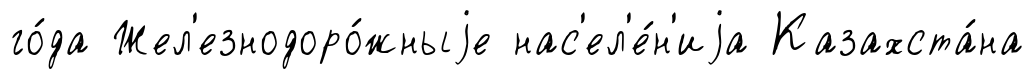
го́да Жел'езнодоро́жныjе нас'ел'е́н'иjа Казахста́на